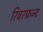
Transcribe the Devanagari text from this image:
रिवरफ्रन्ट